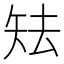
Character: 𥎰